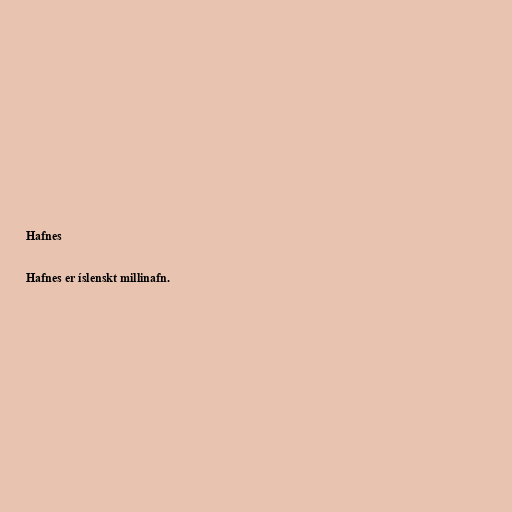
Hafnes

Hafnes er íslenskt millinafn.